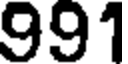
991